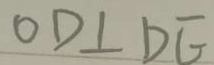
O D \bot D E